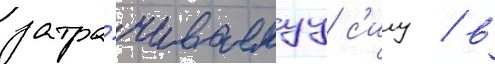
затра́чиваемуу с'илу / в